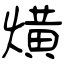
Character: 熿